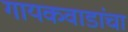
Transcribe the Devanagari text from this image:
गायकवाडांचा